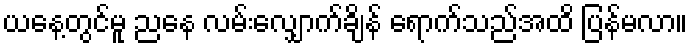
ယနေ့တွင်မူ ညနေ လမ်းလျှောက်ချိန် ရောက်သည်အထိ ပြန်မလာ။